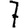
Digit: 7